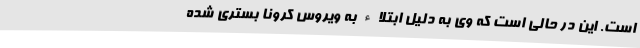
است. این در حالی است که وی به دلیل ابتلاء به ویروس کرونا بستری شده